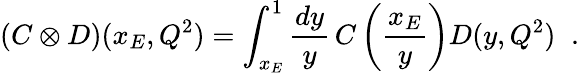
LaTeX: (C\otimes D)(x_{E},Q^{2})=\int_{x_{E}}^{1}\frac{dy}{y}\, C\left(\frac{x_{E}}{y}\right)D(y,Q^{2})\; \; .